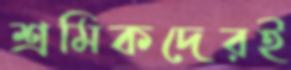
শ্রমিকদেরই